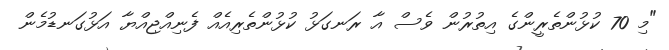
"މި 70 ކުޅުންތެރީންގެ އިތުރުން ވެސް އާ ރަނގަޅު ކުޅުންތެރިއެއް ފެނިއްޖިއްޔާ އަޅުގަނޑުމެން